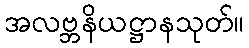
အလဗ္ဘနိယဋ္ဌာနသုတ်။